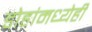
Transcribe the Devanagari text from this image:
डोहांमध्येही